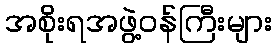
အစိုးရအဖွဲ့ဝန်ကြီးများ